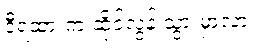
ဒီရထားက ဆိုင်လွန် သွားမှာလား။